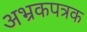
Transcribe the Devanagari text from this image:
अभ्रकपत्रक